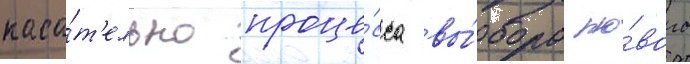
каса́т'ельно проце́сса вы́бора но́вого